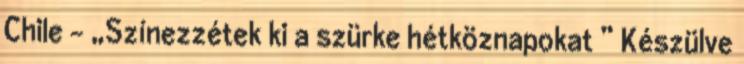
Chile – „Színezzétek ki a szürke hétköznapokat ” Készülve